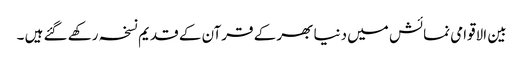
بین الاقوامی نمائش میں دنیا بھر کے قرآن کے قدیم نسخہ رکھے گئے ہیں ۔